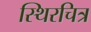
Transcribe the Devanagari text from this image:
स्थिरचित्र